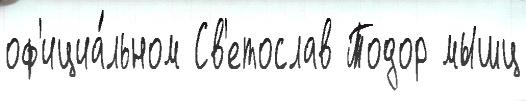
оф'ициа́льном Св'етослав Тодор мышц